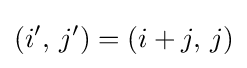
(i',\,j')=(i+j,\,j)